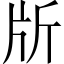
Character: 𣂔